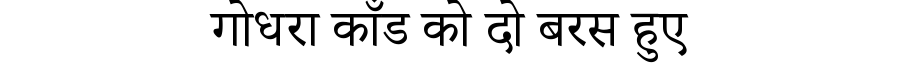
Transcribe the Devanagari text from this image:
गोधरा काँड को दो बरस हुए